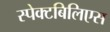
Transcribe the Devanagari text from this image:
स्पेक्टबिलिएस